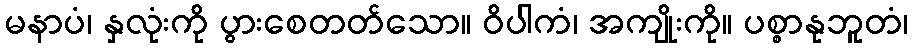
မနာပံ၊ နှလုံးကို ပွားစေတတ်သော။ ဝိပါကံ၊ အကျိုးကို။ ပစ္စာနုဘူတံ၊